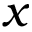
x